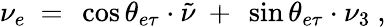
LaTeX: \nu_{e}~=~\cos\theta_{e\tau}\cdot\tilde{\nu}~+~\sin\theta_{e\tau}\cdot\nu_{3}~,